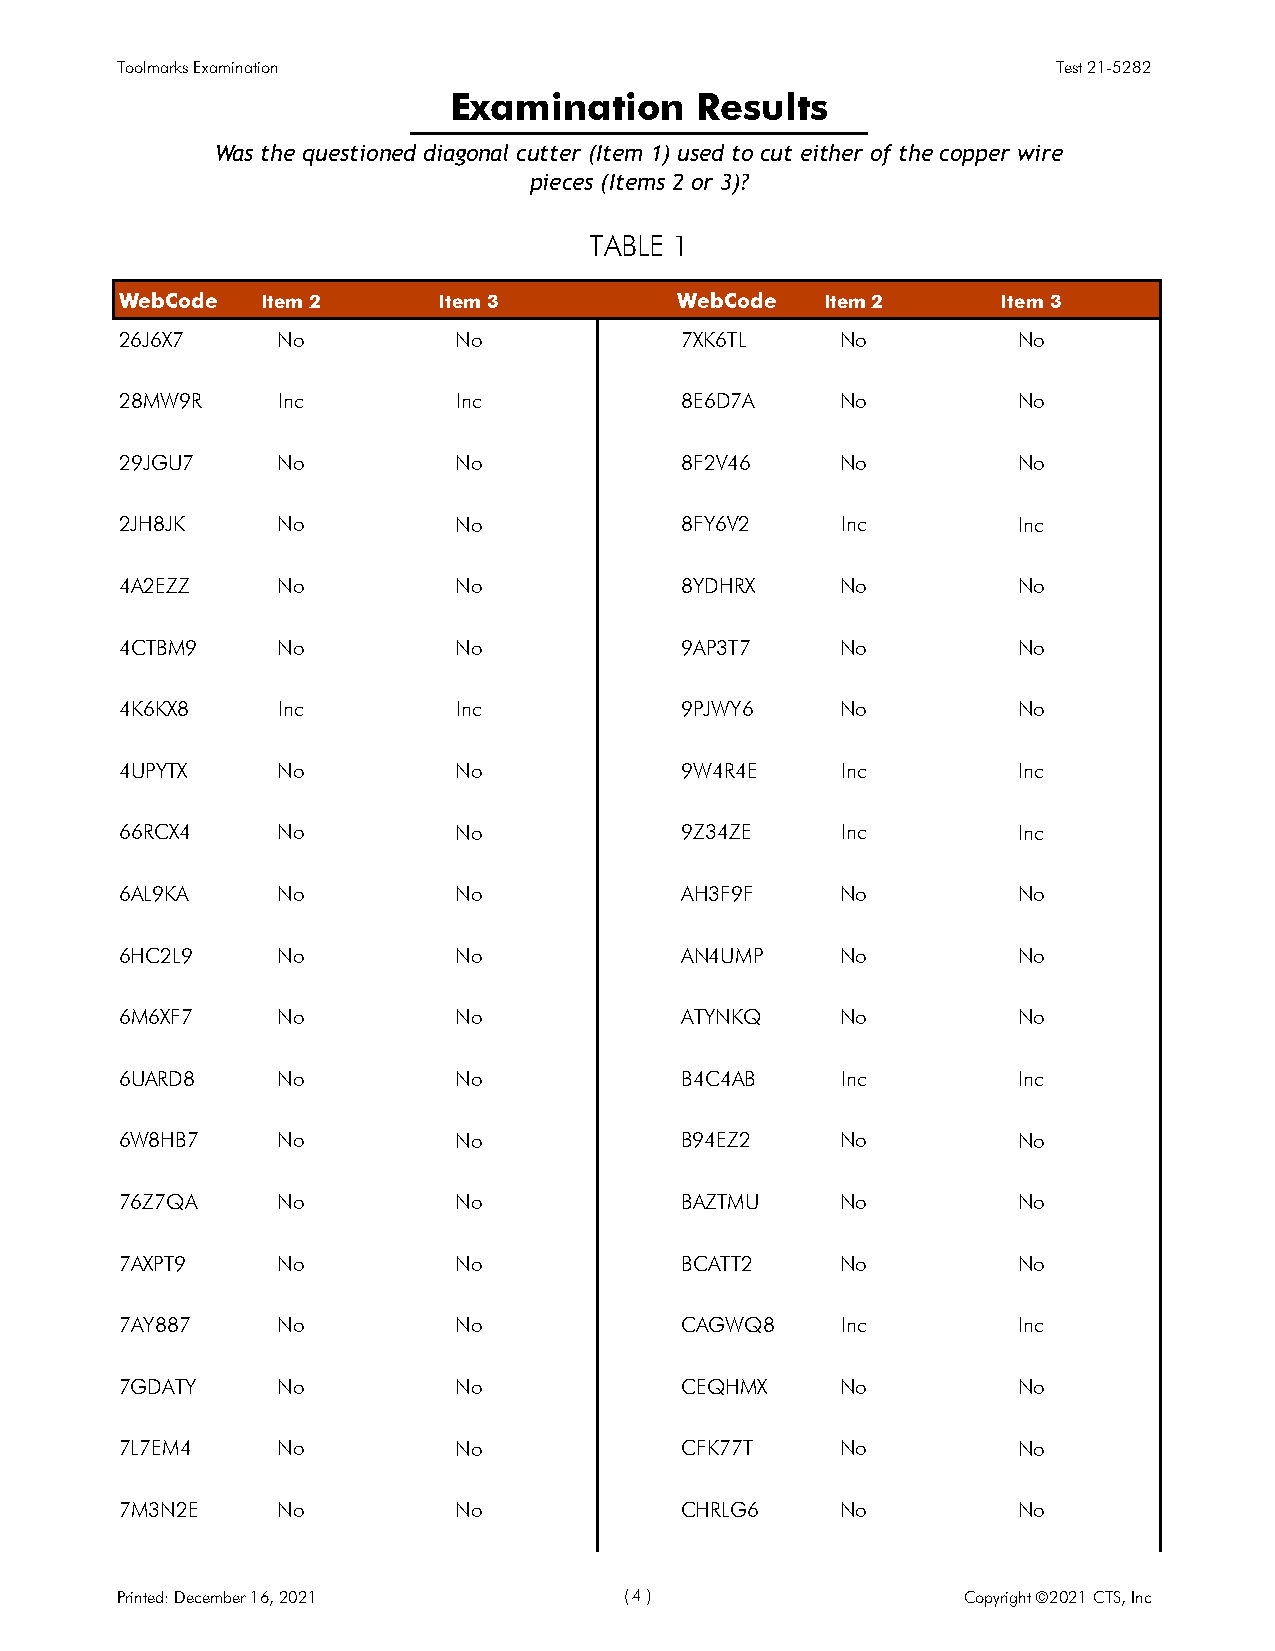
Toolmarks Examination                                         Test 21-5282
 Examination     Results
 Was the questioned diagonal cutter (Item 1) used to cut either of the copper wire
 pieces (Items 2 or 3)?
 TABLE 1
 WebCode  Item 2      Item 3          WebCode   Item 2     Item 3
 26J6X7    No          No             7XK6TL     No         No
 28MW9R    Inc         Inc            8E6D7A     No         No
 29JGU7    No          No             8F2V46     No         No
 2JH8JK    No          No             8FY6V2     Inc        Inc
 4A2EZZ    No          No             8YDHRX     No         No
 4CTBM9    No          No             9AP3T7     No         No
 4K6KX8    Inc         Inc            9PJWY6     No         No
 4UPYTX    No          No             9W4R4E     Inc        Inc
 66RCX4    No          No             9Z34ZE     Inc        Inc
 6AL9KA    No          No             AH3F9F     No         No
 6HC2L9    No          No             AN4UMP     No         No
 6M6XF7    No          No             ATYNKQ     No         No
 6UARD8    No          No             B4C4AB     Inc        Inc
 6W8HB7    No          No             B94EZ2     No         No
 76Z7QA    No          No             BAZTMU     No         No
 7AXPT9    No          No             BCATT2     No         No
 7AY887    No          No             CAGWQ8     Inc        Inc
 7GDATY    No          No             CEQHMX     No         No
 7L7EM4    No          No             CFK77T     No         No
 7M3N2E    No          No             CHRLG6     No         No
 Printed: December 16, 2021       ( 4 )                  Copyright ©2021 CTS, Inc